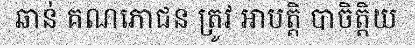
ឆាន់ គណភោជន ត្រូវ អាបត្តិ បាចិត្តិយ